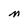
Character: N